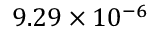
9 . 2 9 \times 1 0 ^ { - 6 }